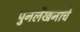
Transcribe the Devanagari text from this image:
पुनर्लेखनाचे